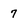
Character: 7